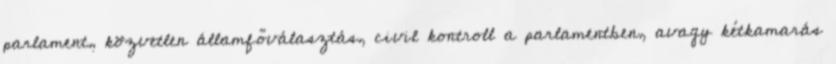
parlament, közvetlen államfőválasztás, civil kontroll a parlamentben, avagy kétkamarás